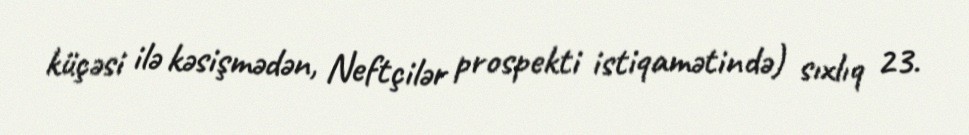
küçəsi ilə kəsişmədən, Neftçilər prospekti istiqamətində) sıxlıq 23.